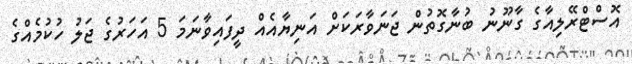
އޮސްޓްރޭލިއާގެ ގާނޫނު ބުނާގޮތުން ޖަނަވާރަކަށް އަނިޔާއެއް ދީފައިވާނަމަ 5 އަހަރުގެ ޖަލު ހުކުމެއްގެ